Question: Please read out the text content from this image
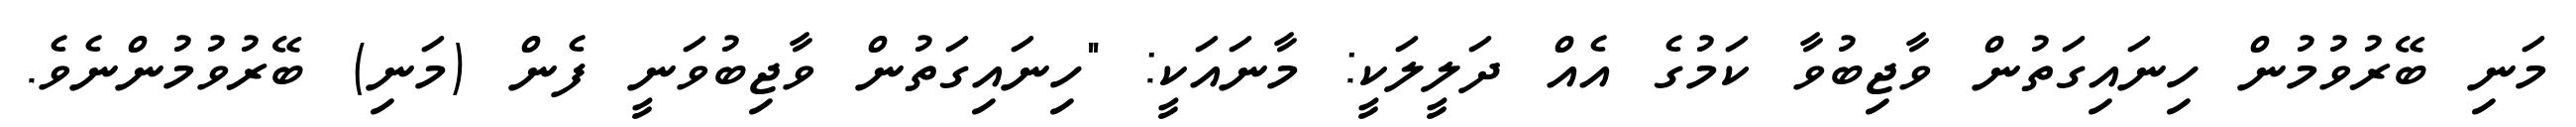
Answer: މަނި ބޭރުވުމުން ހިނައިގަތުން ވާޖިބުވާ ކަމުގެ އެއް ދަލީލަކީ: މާނައަކީ: "ހިނައިގަތުން ވާޖިބުވަނީ ފެން (މަނި) ބޭރުވުމުންނެވެ.